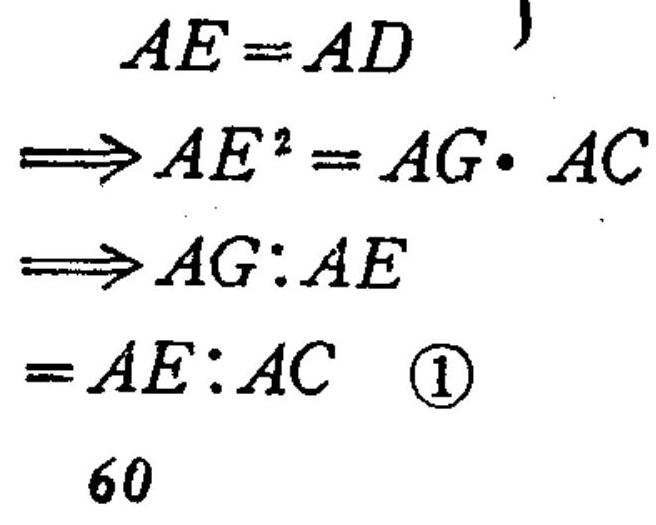
\[
\begin{align*}
AE&=AD\\
\Longrightarrow AE^{2}&=AG\cdot AC\\
\Longrightarrow AG:AE&\\
&=AE:AC \quad\textcircled{1}\\
60
\end{align*}
\]